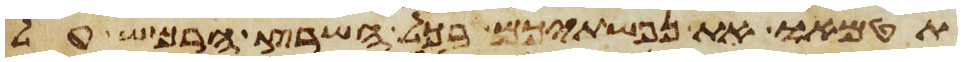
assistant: תטמאו את נפשתיכם בכל השרץ הרמש על